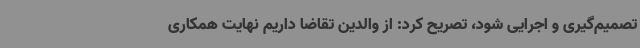
تصمیم‌گیری و اجرایی شود، تصریح کرد: از والدین تقاضا داریم نهایت همکاری